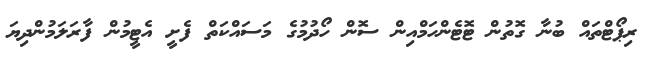
ރިޕޯޓްތައް ބުނާ ގޮތުން ޓޮޓެންހަމްއިން ސޮން ހޯދުމުގެ މަސައްކަތް ފެށީ އެޓީމުން ފާރަލަމުންދިޔަ